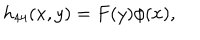
h _ { 4 4 } ( x , y ) = F ( y ) \phi ( x ) ,